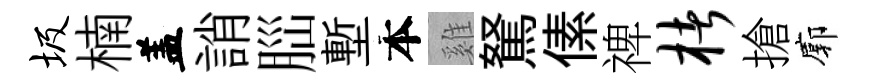
圾楠盖誚𦛁塹本雞駑傃禆楮搶廓